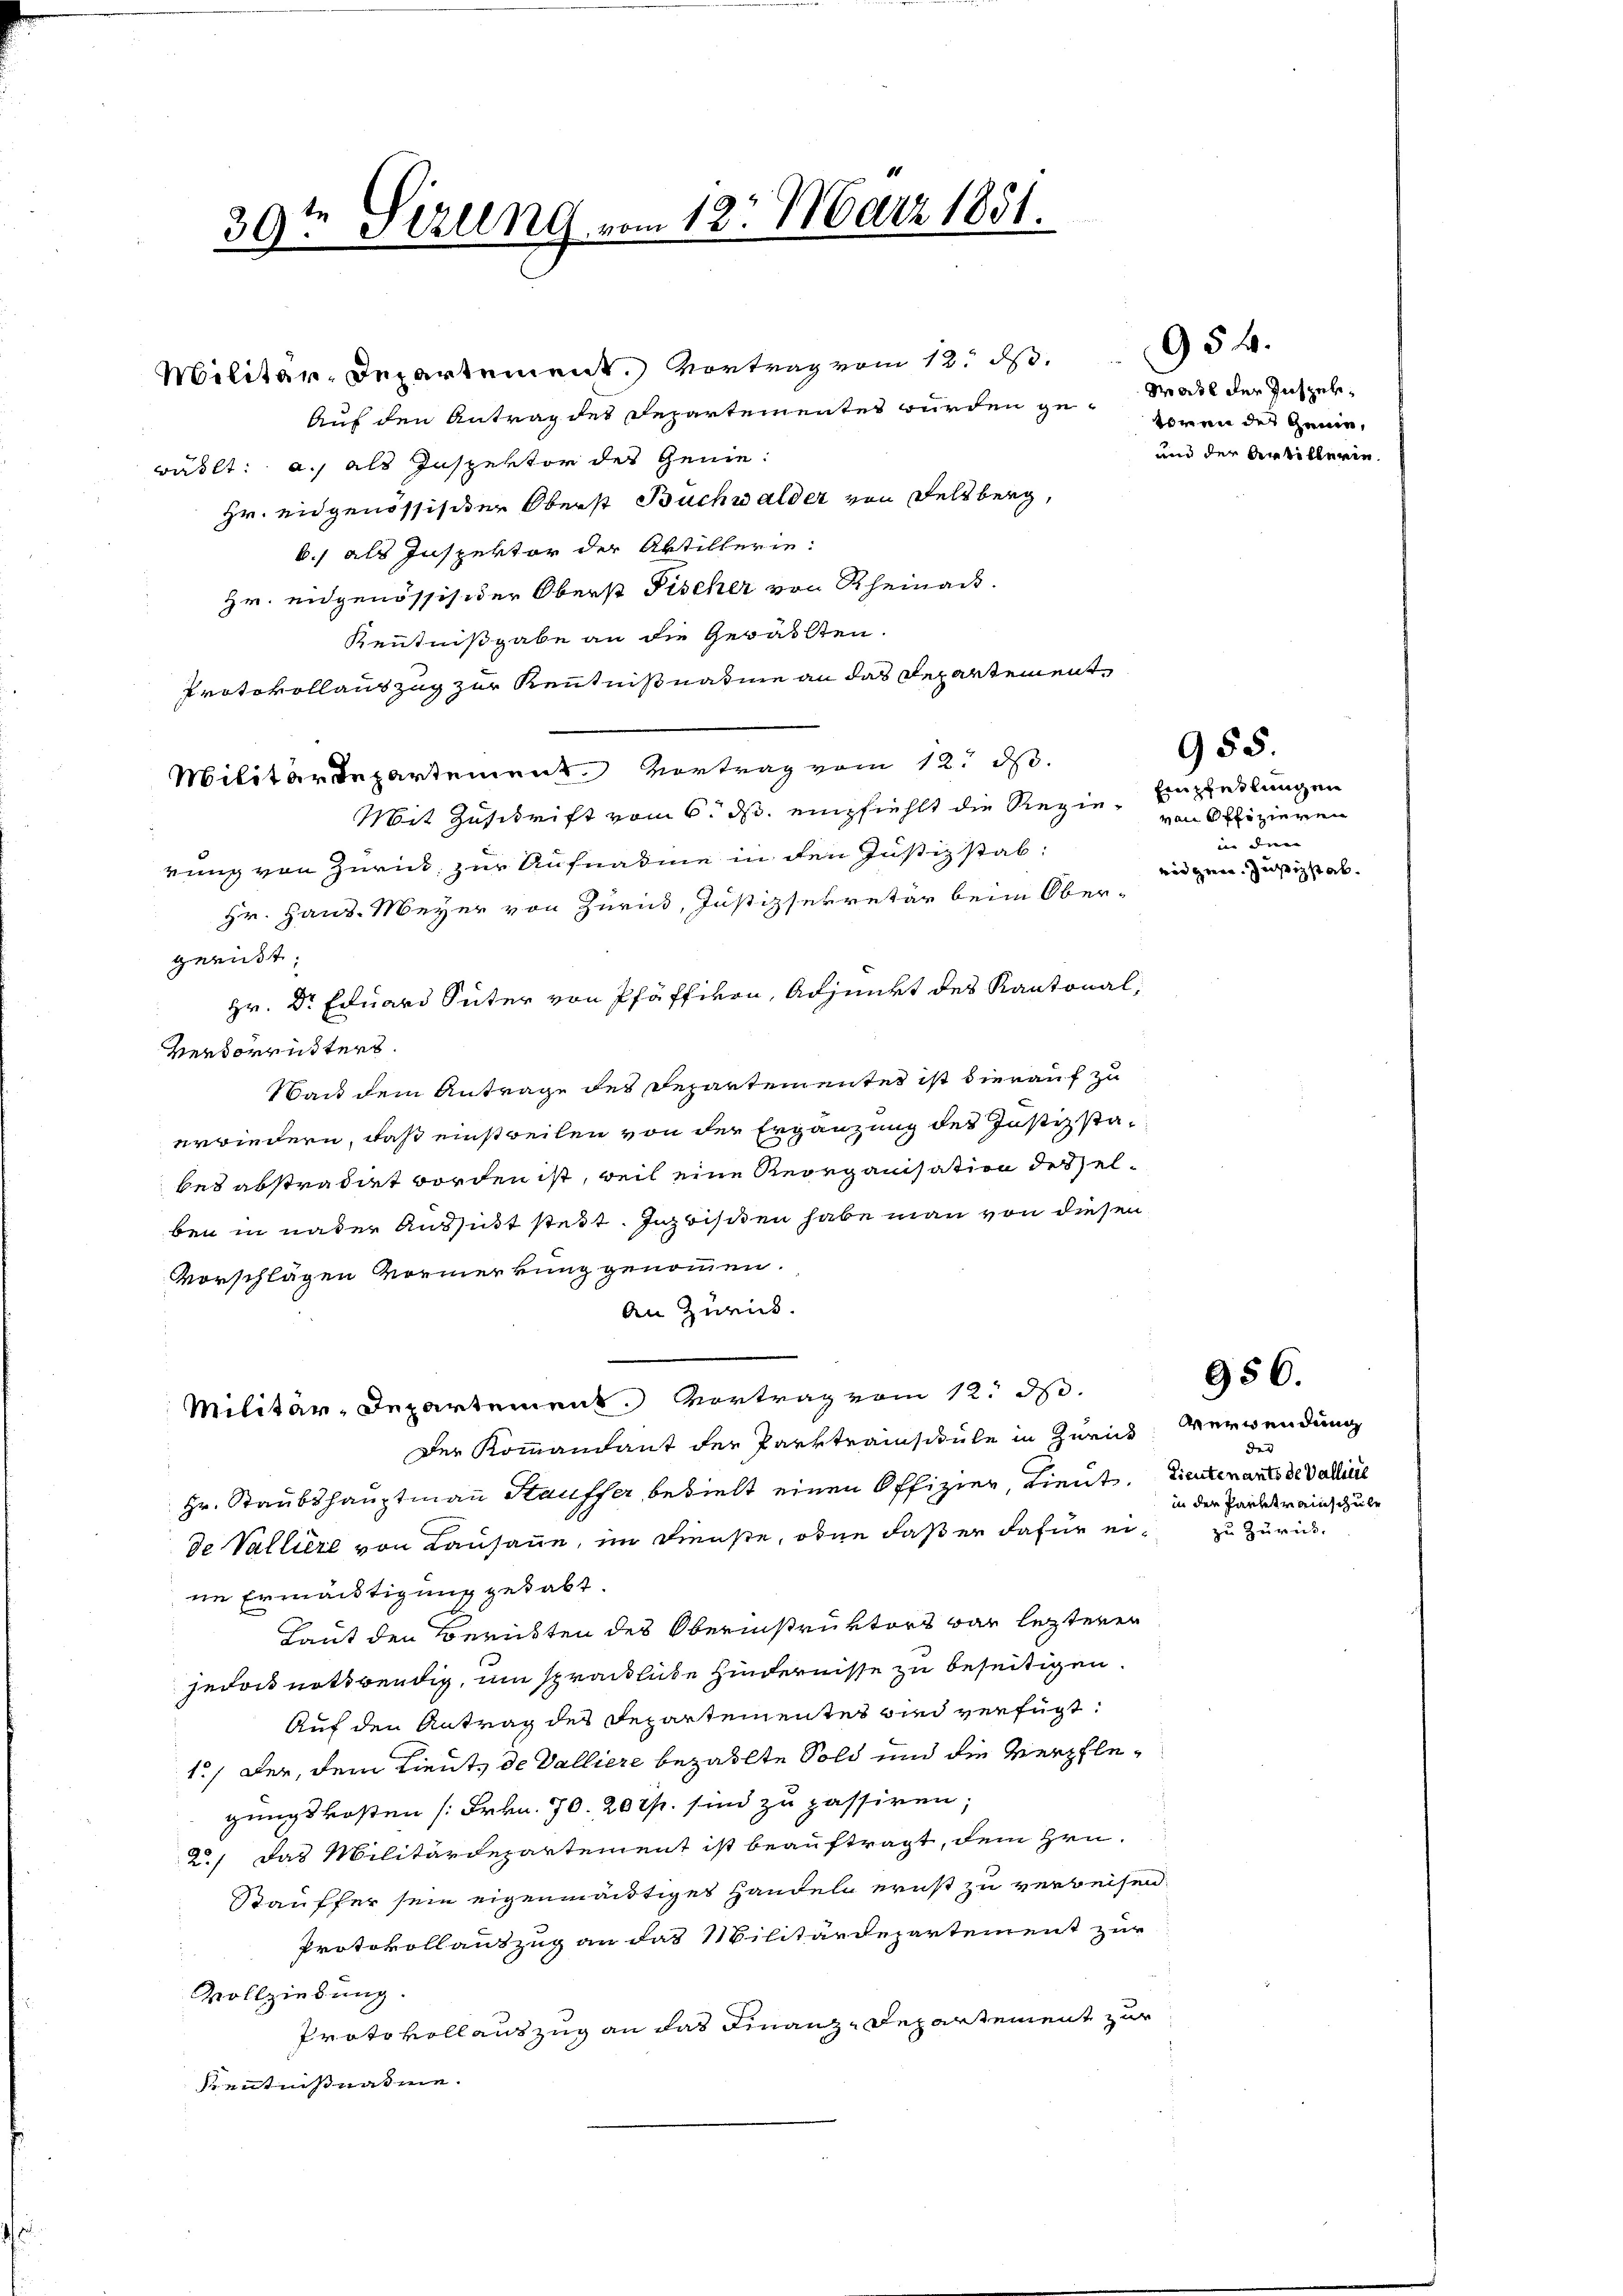
Hr. eidgenössister Oberst Buchwalder von Felsberg,
b., als Inspektor der Abtillerie:
Hr. eidgenössisider Oberst Fischer von Rheinaus.
Kenntnißgabe an die Gewalten.
Protokollauszug zur Kenntnißnahme an das Departement¬
Militärdepartemen Vortrag vom 12. ds.
Mit Zuschrift vom 6. ds. empfiehlt die Regie-Erziedlungen
rung von Zurick zur Aufnahme in den Justizstab
Hr. Haus. Meyer von Zurück, Justizsekretär beim Ober-
gerist.
Hr. Dr Eduard Suter von Pfäffikon, Adjunkt des Kantonal¬
Verdorenters.
bait dem Antrage des Departementes ist hierauf zu
erwiedern, daß einstweilen von der Ergänzung des Justizstabes abstradirt worden ist, weil eine Reorganisation des elben in nader Aussicht steit. Inzwisiten habe man von diesen
Vorschlägen Vormerkung genommen.
An Zurück.
Militär-Departement. Vortrag vom 12. d.
Der Kommandant der Parktrainschule in Zürich
Hr. Staubshauptmann Stauffer bezielt einen Offizier, Lieut.
de Valliere von Lausanne, im Dienste, ohne daß er dafür ein zu Zürick
ne Ermächtigung gehabt.
Laut den Berüsten des Oberinstruktors dar lezteren
jedoch nothwendig, um sprackliche Hindernisse zu beseitigen
Auf den Antrag des Departementes wird verfügt:
1.) Der, dem Lieute de Valliere bezahlte Sold und die Verpflegungskosten [Frkn. 70. 20 Rp. sind zu passiren;
2.) Das Militärdepartement ist beauftragt, dem Hrn.
Stauffer sein eigenmächtiges Handeln ernst zu verweisen
Protokollauszug an das Militärdepartement zur
Vollziehung.
Protokollauszug an das Finanz-Departement zur
Kentnißnahme.

te
39. Sirung vom 12. März 1851.

Militär-Departement.) Vortrag vom 12. ds.
Auf den Antrag des Departementes würden ge- Watt der Insperwählt: a.) als Inspektor der Genie¬

954.

toren des Genie,
und der Artillerie

955.

von Offizieren
nie die |
vid gene Justizstab.

956.

Verwendung
der
Lieutenants de Valliere
in der Parktrainscheile